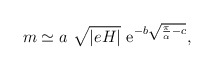
\begin{align*}m \simeq a~\sqrt{|eH|}~{\rm e}^{- b\sqrt{\frac{\pi}{\alpha} - c}},\end{align*}